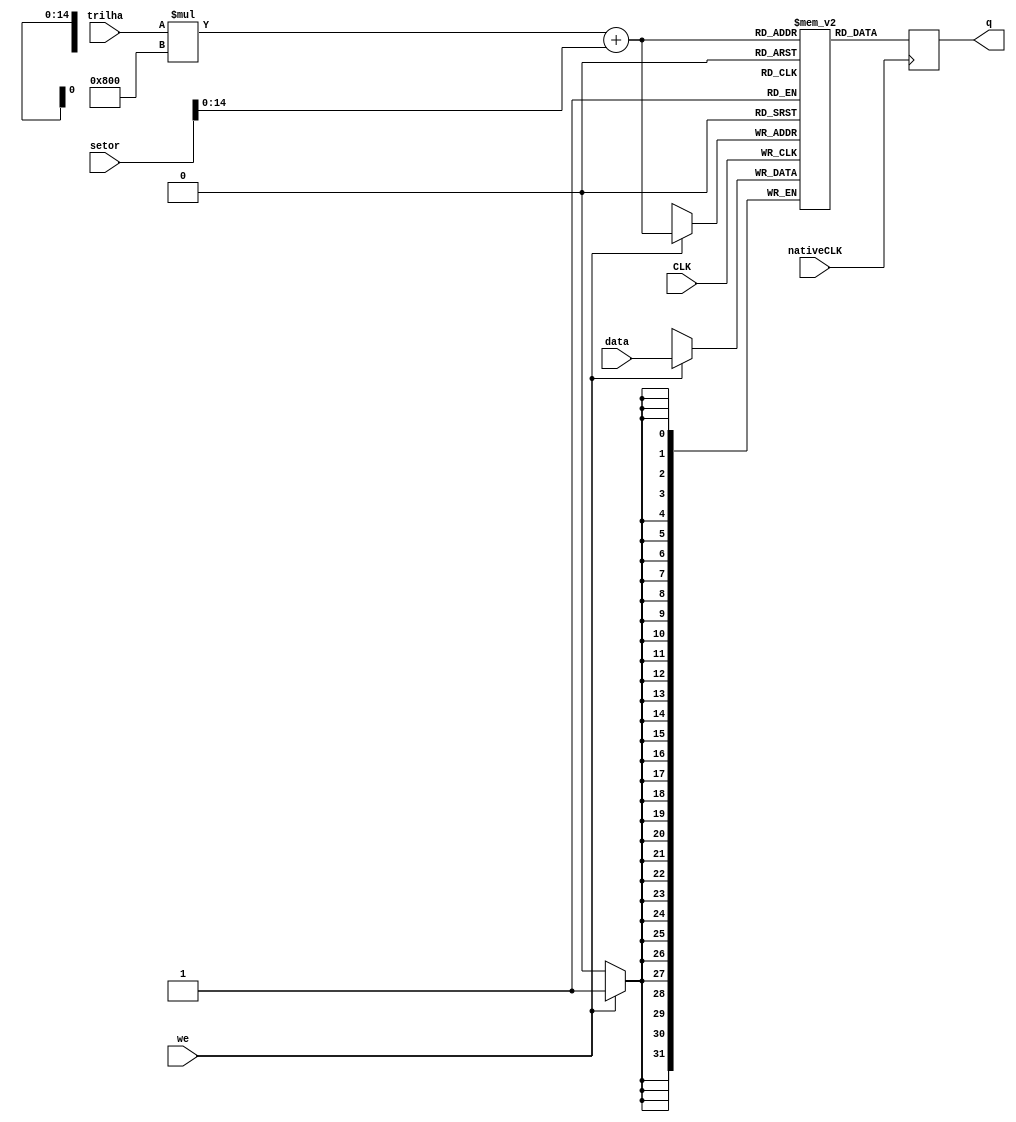
// Quartus Prime Verilog Template
// Single port hd with single read/write address 

module DiscoRigido
#(parameter DATA_WIDTH=32, parameter ADDR_WIDTH=15, parameter TRILHAS=16, parameter SETORES=2048)
(
	input [(DATA_WIDTH-1):0] data, trilha, setor,
	input we, nativeCLK, CLK,
	output reg [(DATA_WIDTH-1):0] q
);

	// Declare the hd variable
	reg [(DATA_WIDTH-1):0] HD[(2**ADDR_WIDTH-1):0];

	localparam HD_SIZE = 2**ADDR_WIDTH/TRILHAS;


	
	always @ (negedge CLK)
	begin
		// Write
		if (we)
			HD[trilha * HD_SIZE + setor] <= data;
	end
	
	always @ (posedge nativeCLK)
	begin
		q <= HD[trilha * HD_SIZE + setor];
	end

endmodule